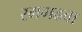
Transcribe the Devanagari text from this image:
रमगढवा